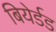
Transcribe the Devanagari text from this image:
बियेर्डड